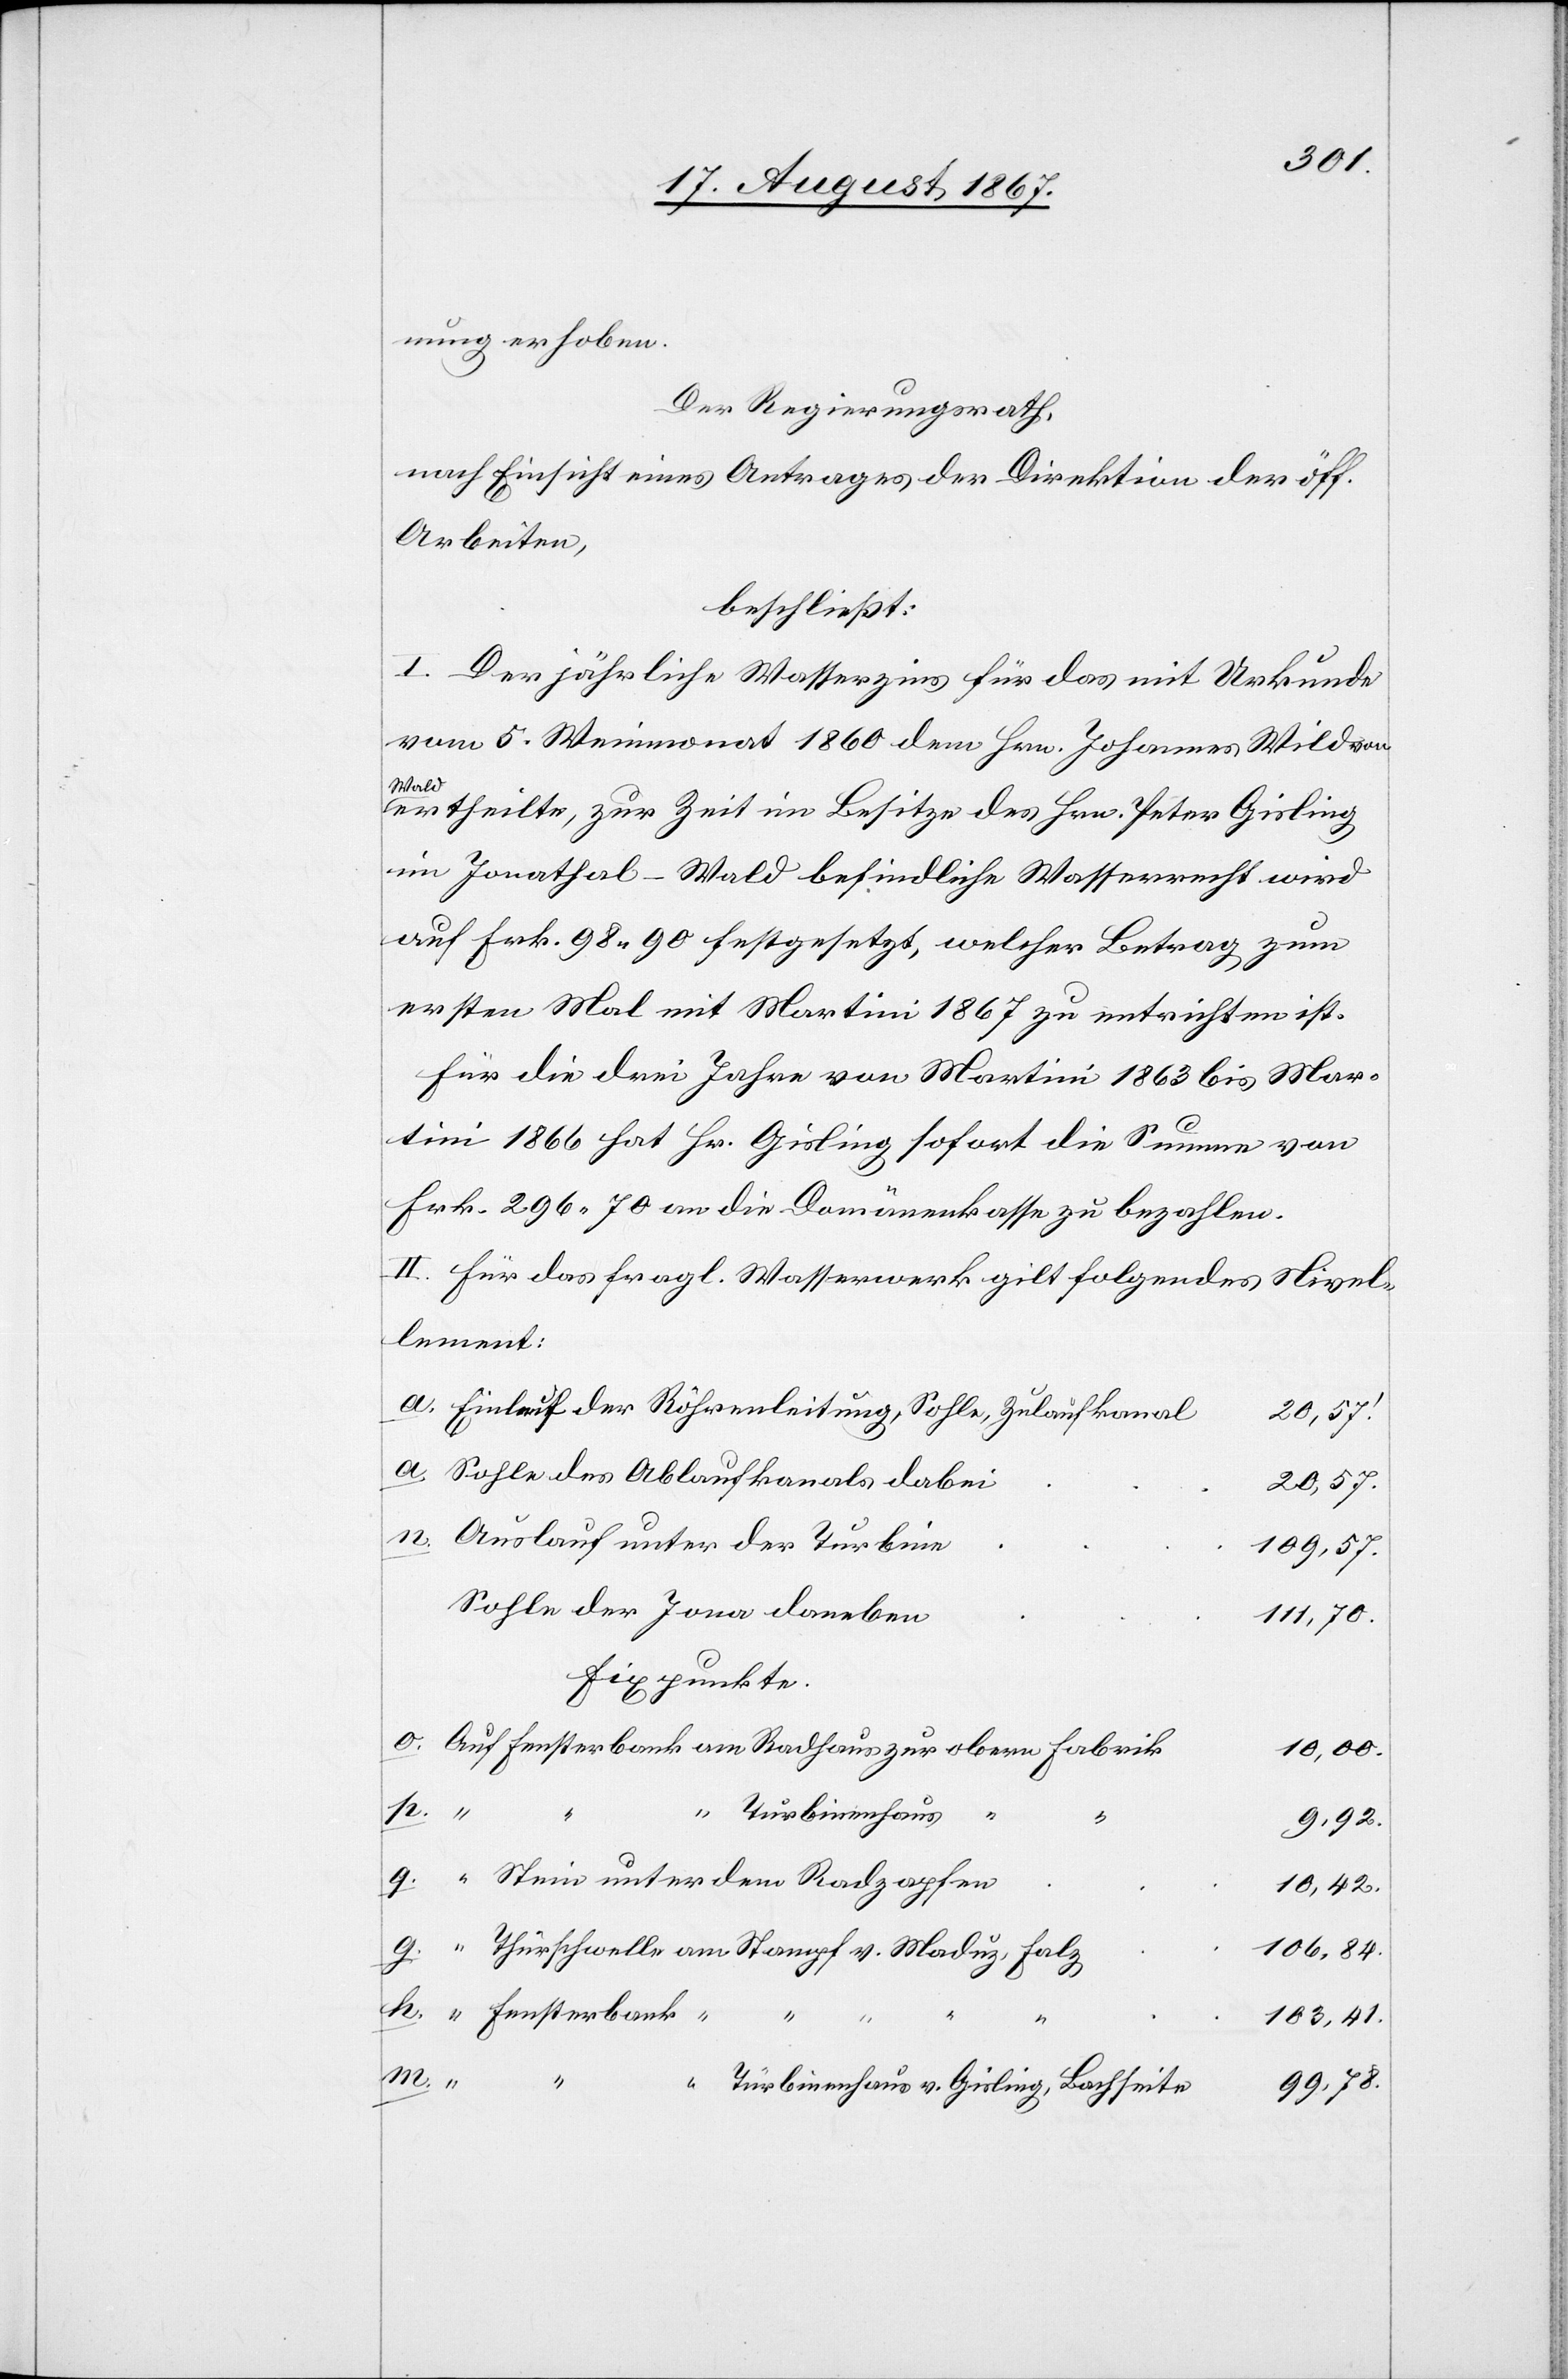
nung erheben.
Der Regierungsrath,
nach Einsicht eines Antrages der Direktion der öff.
Arbeiten,
beschließt:
I. Der jährliche Wasserzins für das mit Urkunde
vom 5. Weinmonat 1860 dem Hrn. Johannes Wild von
Wald
ertheilte, zur Zeit im Besitze des Hrn. Peter Gisling
im Jonathal-Wald befindliche Wasserrecht wird
auf Frk. 98.90 festgesetzt, welcher Betrag zum
ersten Mal mit Martini 1867 zu entrichten ist.
Für die drei Jahre von Martini 1863 bis Mar¬
tini 1866 hat Hr. Gisling sofort die Summe von
Frk. 296.70 an die Domänenkasse zu bezahlen.
II. Für das fragl Wasserwerk gilt folgendes Nivel¬
lement:
Einlauf der Röhrenleitung, Sohle, Zulaufkanal
20,56.‘
Sohle des Ablaufkanals dabei
20,57.
Auslauf unter der Turbine
109,57.
Sohle der Jona daneben
111,70.
Fixpunkte
Auf Fensterbank am Radhaus zur obern Fabrik
10,00.
p.
“
“ Turbinenhaus
“
k.
9,92.
Stein unter dem Radzapfen
10,42.
106,84
“ Thürschwelle am Stampf v. Maduz, Falz
“ Fensterbank “
“
“
“
103,41.
m.
“
“ Turbinenhaus v. Gisling, Bachseite
99,78.